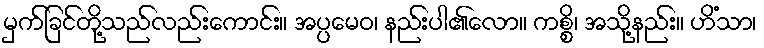
မှက်ခြင်တို့သည်လည်းကောင်း။ အပ္ပမေဝ၊ နည်းပါ၏လော။ ကစ္စိ၊ အသို့နည်း။ ဟိံသာ၊